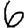
Digit: 6